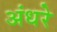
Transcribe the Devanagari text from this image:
अंधरे